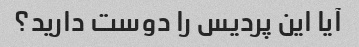
آیا این پردیس را دوست دارید؟